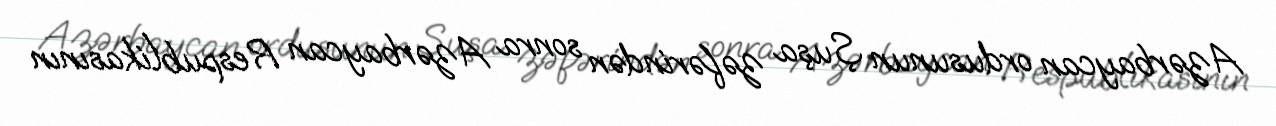
Azərbaycan ordusunun Şuşa zəfərindən sonra Azərbaycan Respublikasının